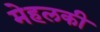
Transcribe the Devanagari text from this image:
मेहलकी